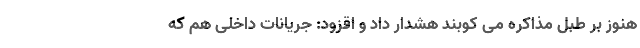
هنوز بر طبل مذاکره می کوبند هشدار داد و اقزود: جریانات داخلی هم که